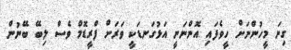
ގިނަ މީހުންނަށް ހީވެފައި އޮންނަނީ އަޅުގަނޑަކީ ވަރަށް ފްރީޑޮމް ވެސް ލިބޭ ބޭނުން